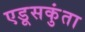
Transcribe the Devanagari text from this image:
एडूसकुंता